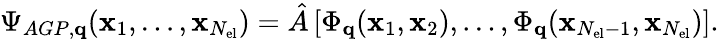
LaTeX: \Psi_{AGP,\mathbf{q}}(\mathbf{x}_{1},\dots,\mathbf{x}_{N_{\mathrm{el}}})=\hat{A}\left[\Phi_{\mathbf{q}}(\mathbf{x}_{1},\mathbf{x}_{2}),\dots,\Phi_{\mathbf{q}}(\mathbf{x}_{N_{\mathrm{el}}-1},\mathbf{x}_{N_{\mathrm{el}}})\right].